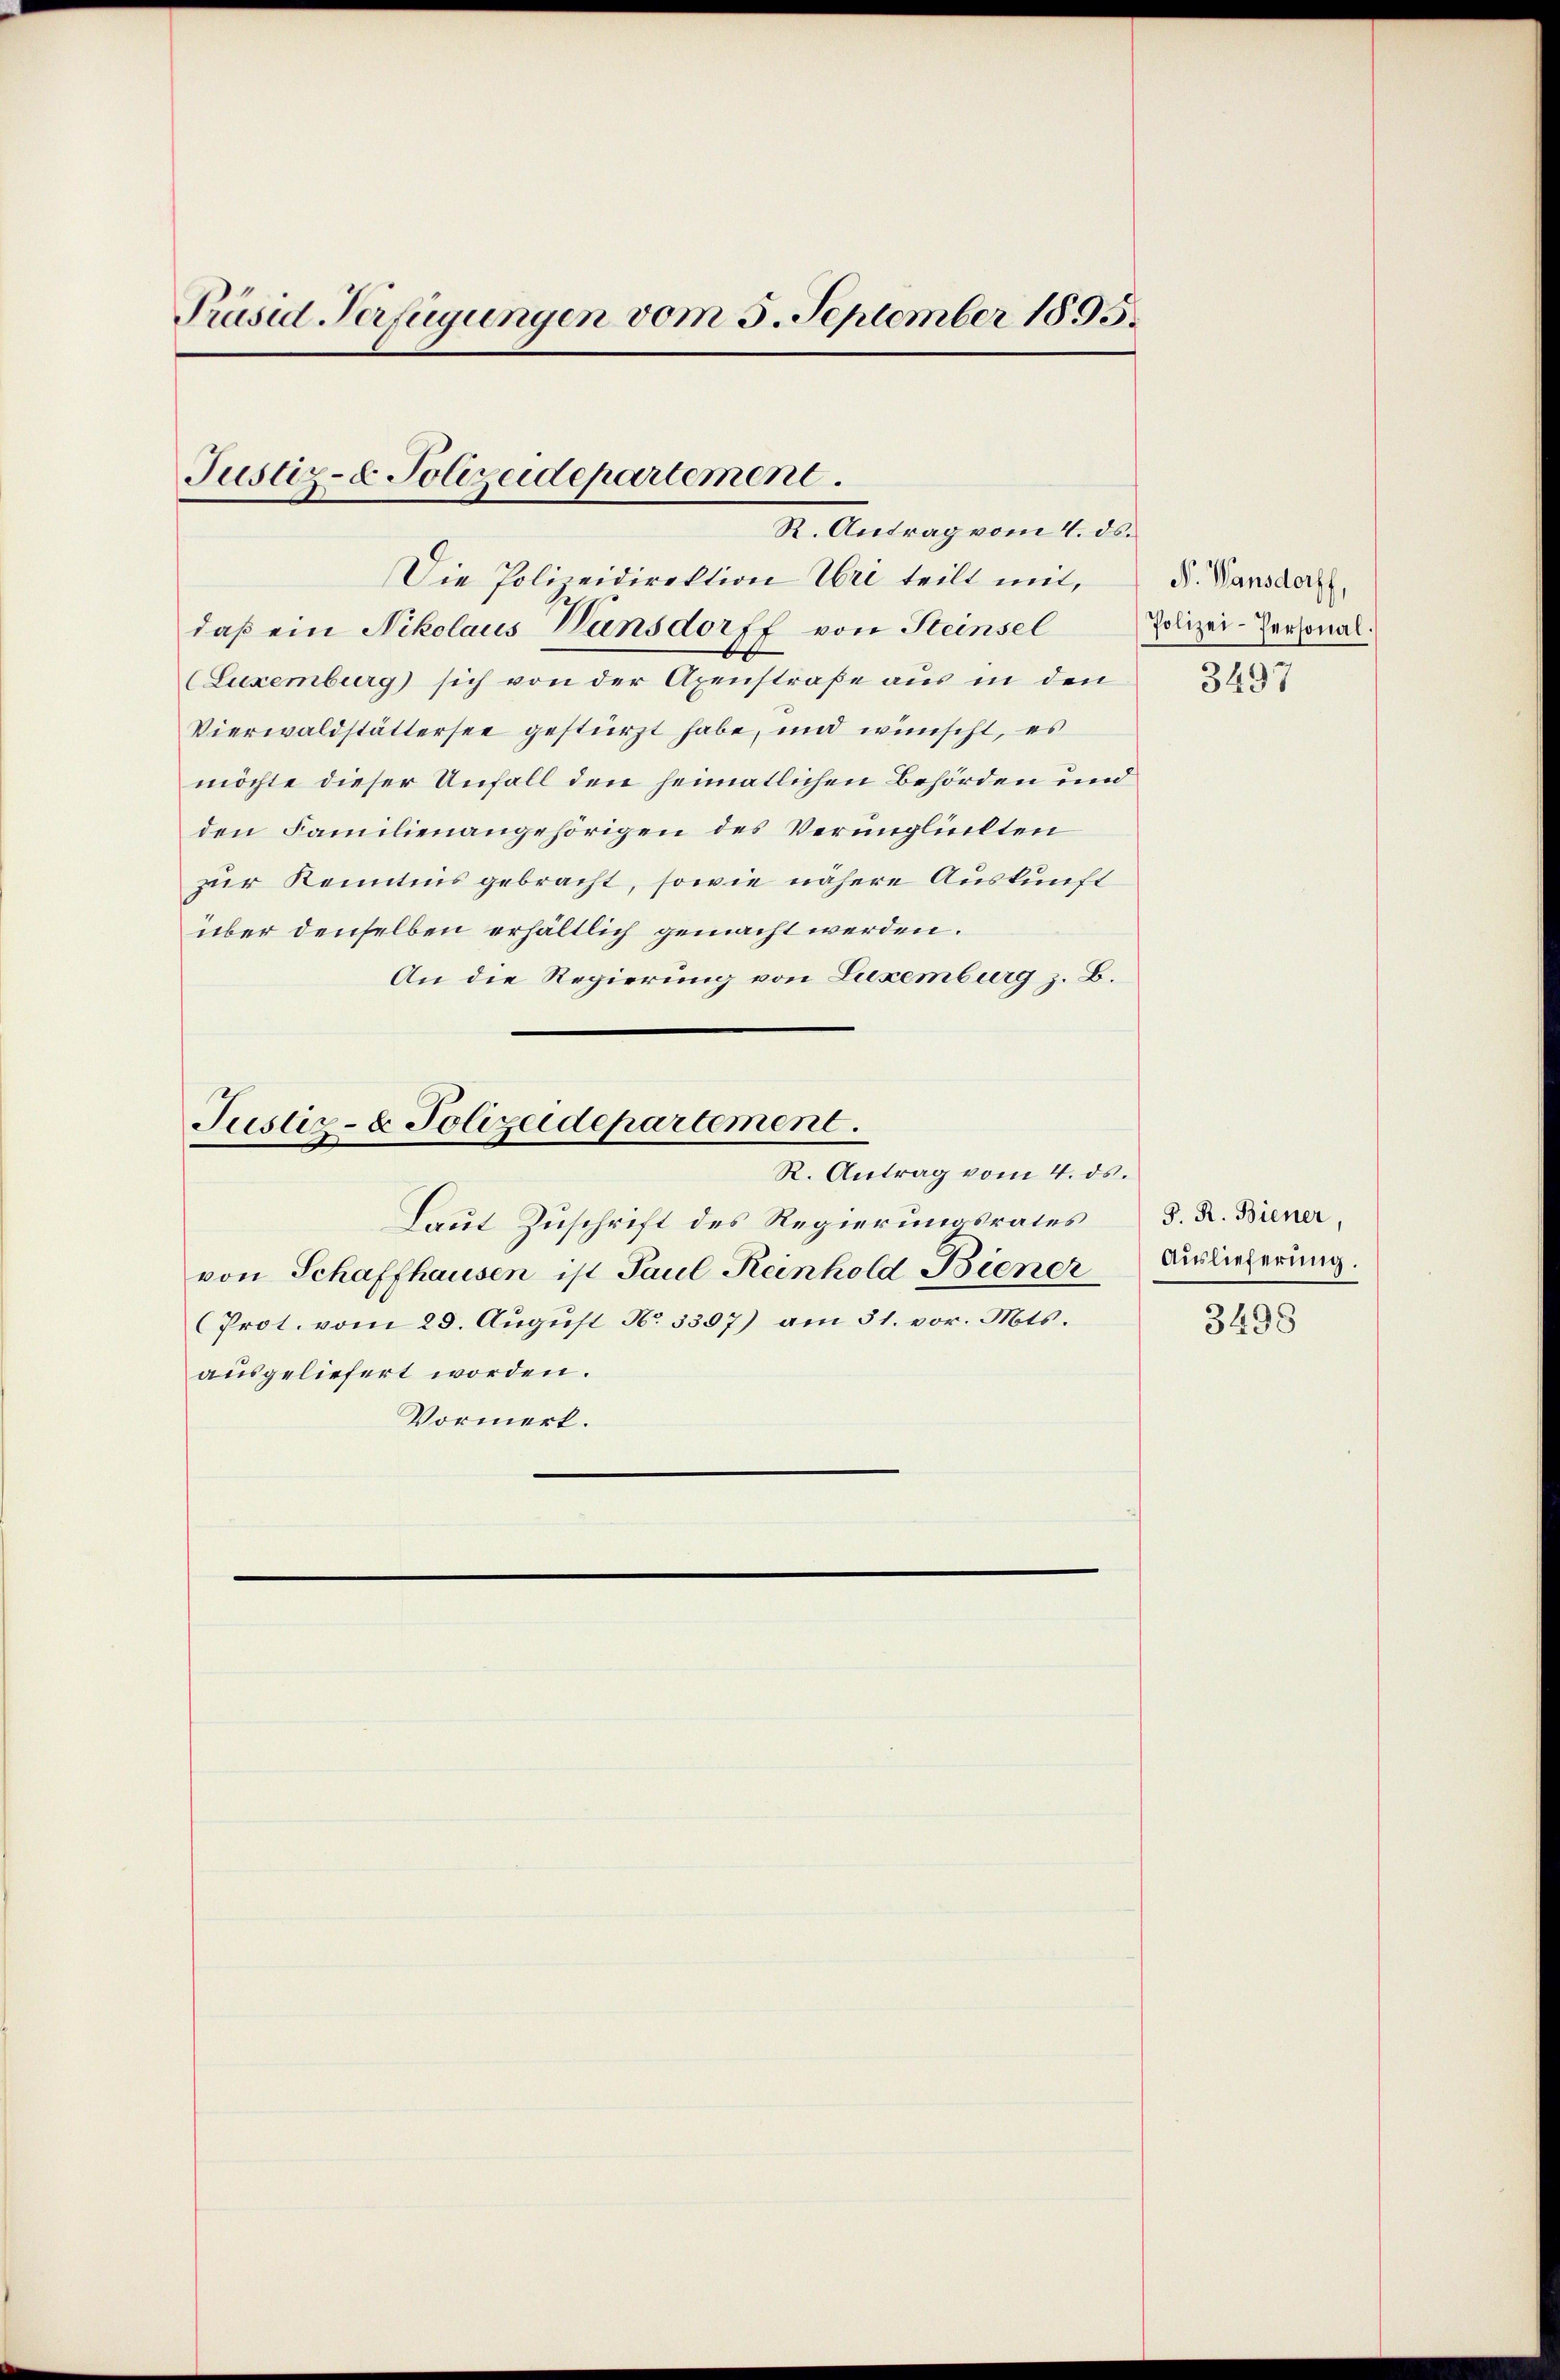
Präsid Verfügungen vom 5. September 1895.

Justiz- & Polizeidepartement.
R. Antrag vom 4. ds.

Die Polizeidirektion Uri teilt mit,
daß ein Nikolaus Vansdorff von Steinsel Polizei-Personal¬
(Luxenburg sich von der Axenstraße aus in den
Vierwaldstättersee gestürzt habe, und wünscht, es
möchte dieser Unfall den heimatlichen Behörden und
den Familienangehörigen des Verunglückten
zur Kenntnis gebracht, sowie nähere Auskunft
über denselben erhältlich gemacht werden.
An die Regierung von Luxemburg z. B.
Justiz- & Polizeidepartement.
R. Antrag vom 4. ds.
Laut Zuschrift des Regierungsrates
von Schaffhausen ist Paul Reinhold Biener
Prot. vom 28. August No 3307) am 31. vor. Mts.
ausgeliefert worden.
Vormerk.

P. Vansdorff,
3497

S. R. Biener,
Auslieferung.

3498